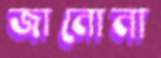
জানোনা